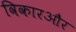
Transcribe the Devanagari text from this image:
विकारऔर